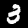
Label: 3